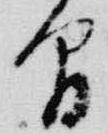
間